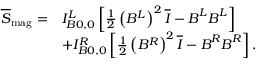
\begin{array} { r l } { \overline { { \boldsymbol { S } } } _ { \mathrm { m a g } } = } & { I _ { B 0 , 0 } ^ { L } \left[ \frac { 1 } { 2 } \left( B ^ { L } \right) ^ { 2 } \overline { { \boldsymbol { I } } } - \boldsymbol { B } ^ { L } \boldsymbol { B } ^ { L } \right] } \\ & { + I _ { B 0 , 0 } ^ { R } \left[ \frac { 1 } { 2 } \left( B ^ { R } \right) ^ { 2 } \overline { { \boldsymbol { I } } } - \boldsymbol { B } ^ { R } \boldsymbol { B } ^ { R } \right] . } \end{array}